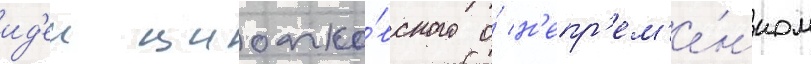
ид'еи циолко́вского о́ н'епр'ем'е́нном